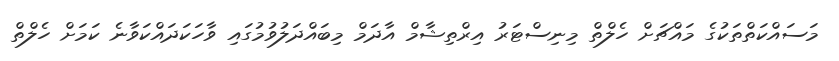
މަސައްކަތްތަކުގެ މައްޗަށް ހެލްތް މިނިސްޓަރު އިރްތިޝާމް އާދަމް މިބައްދަލުވުމުގައި ވާހަކަދައްކަވާނެ ކަމަށް ހެލްތް